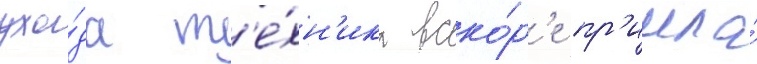
ухо́да т'е́хн'ика вско́р'е пр'ишла́